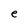
Character: e